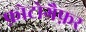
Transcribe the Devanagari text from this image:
फ़ोटोग्रैफ़र